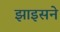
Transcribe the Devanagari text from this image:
झाइसने